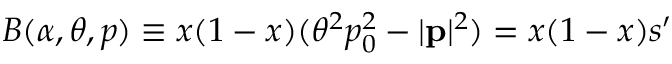
B ( \alpha , \theta , p ) \equiv x ( 1 - x ) ( \theta ^ { 2 } p _ { 0 } ^ { 2 } - | \mathbf { p } | ^ { 2 } ) = x ( 1 - x ) s ^ { \prime }